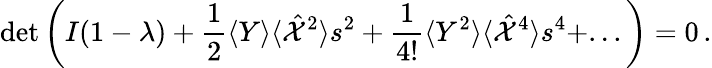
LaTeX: \textrm{det}\left(I(1-\lambda)+\frac{1}{2}\langle Y\rangle\langle{\hat{\mathcal X}}^{2}\rangle s^{2}+\frac{1}{4!}\langle Y^{2}\rangle\langle{\hat{\mathcal X}}^{4}\rangle s^{4}+...\right)=0\, .